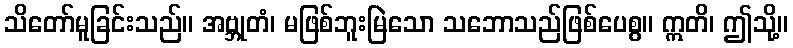
သိတော်မူခြင်းသည်။ အဗ္ဘုတံ၊ မဖြစ်ဘူးမြဲသော သဘောသည်ဖြစ်ပေစွ။ ဣတိ၊ ဤသို့။